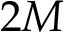
2 M